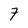
Character: 7